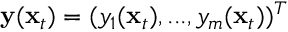
\mathbf y ( \mathbf x _ { t } ) = ( y _ { 1 } ( \mathbf x _ { t } ) , . . . , y _ { m } ( \mathbf x _ { t } ) ) ^ { T }